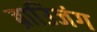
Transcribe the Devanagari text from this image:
ब्राउिजंग